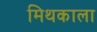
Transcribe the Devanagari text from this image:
मिथकाला